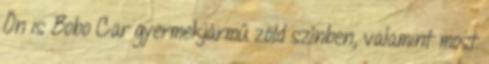
Ön is Bobo Car gyermekjármű zöld színben, valamint most